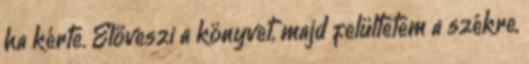
ha kérte. Előveszi a könyvet, majd felültetem a székre,